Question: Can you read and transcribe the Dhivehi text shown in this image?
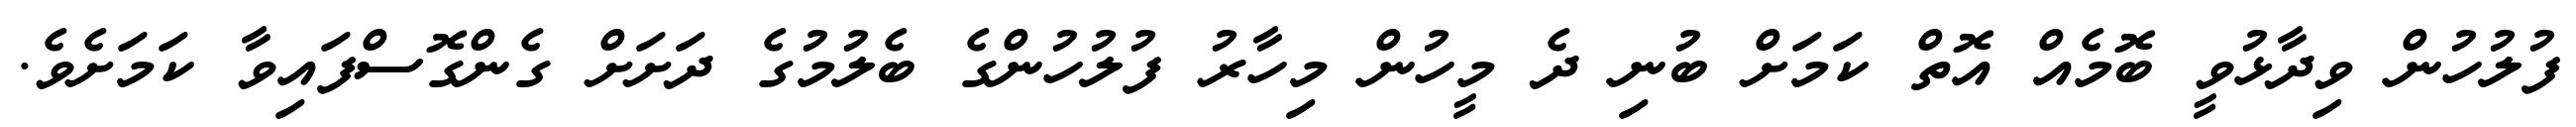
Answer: ފުލުހުން ވިދާޅުވީ ބޮމެއް އޮތް ކަމަށް ބުނި ދެ މީހުން މިހާރު ފުލުހުންގެ ބެލުމުގެ ދަށަށް ގެންގޮސްފައިވާ ކަމަށެވެ.